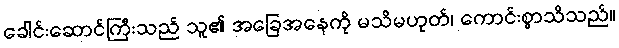
ခေါင်းဆောင်ကြီးသည် သူ၏ အခြေအနေကို မသိမဟုတ်၊ ကောင်းစွာသိသည်။